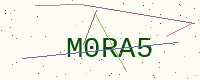
Text: M0RA5